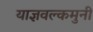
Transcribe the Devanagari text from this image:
याज्ञवल्कमुनी